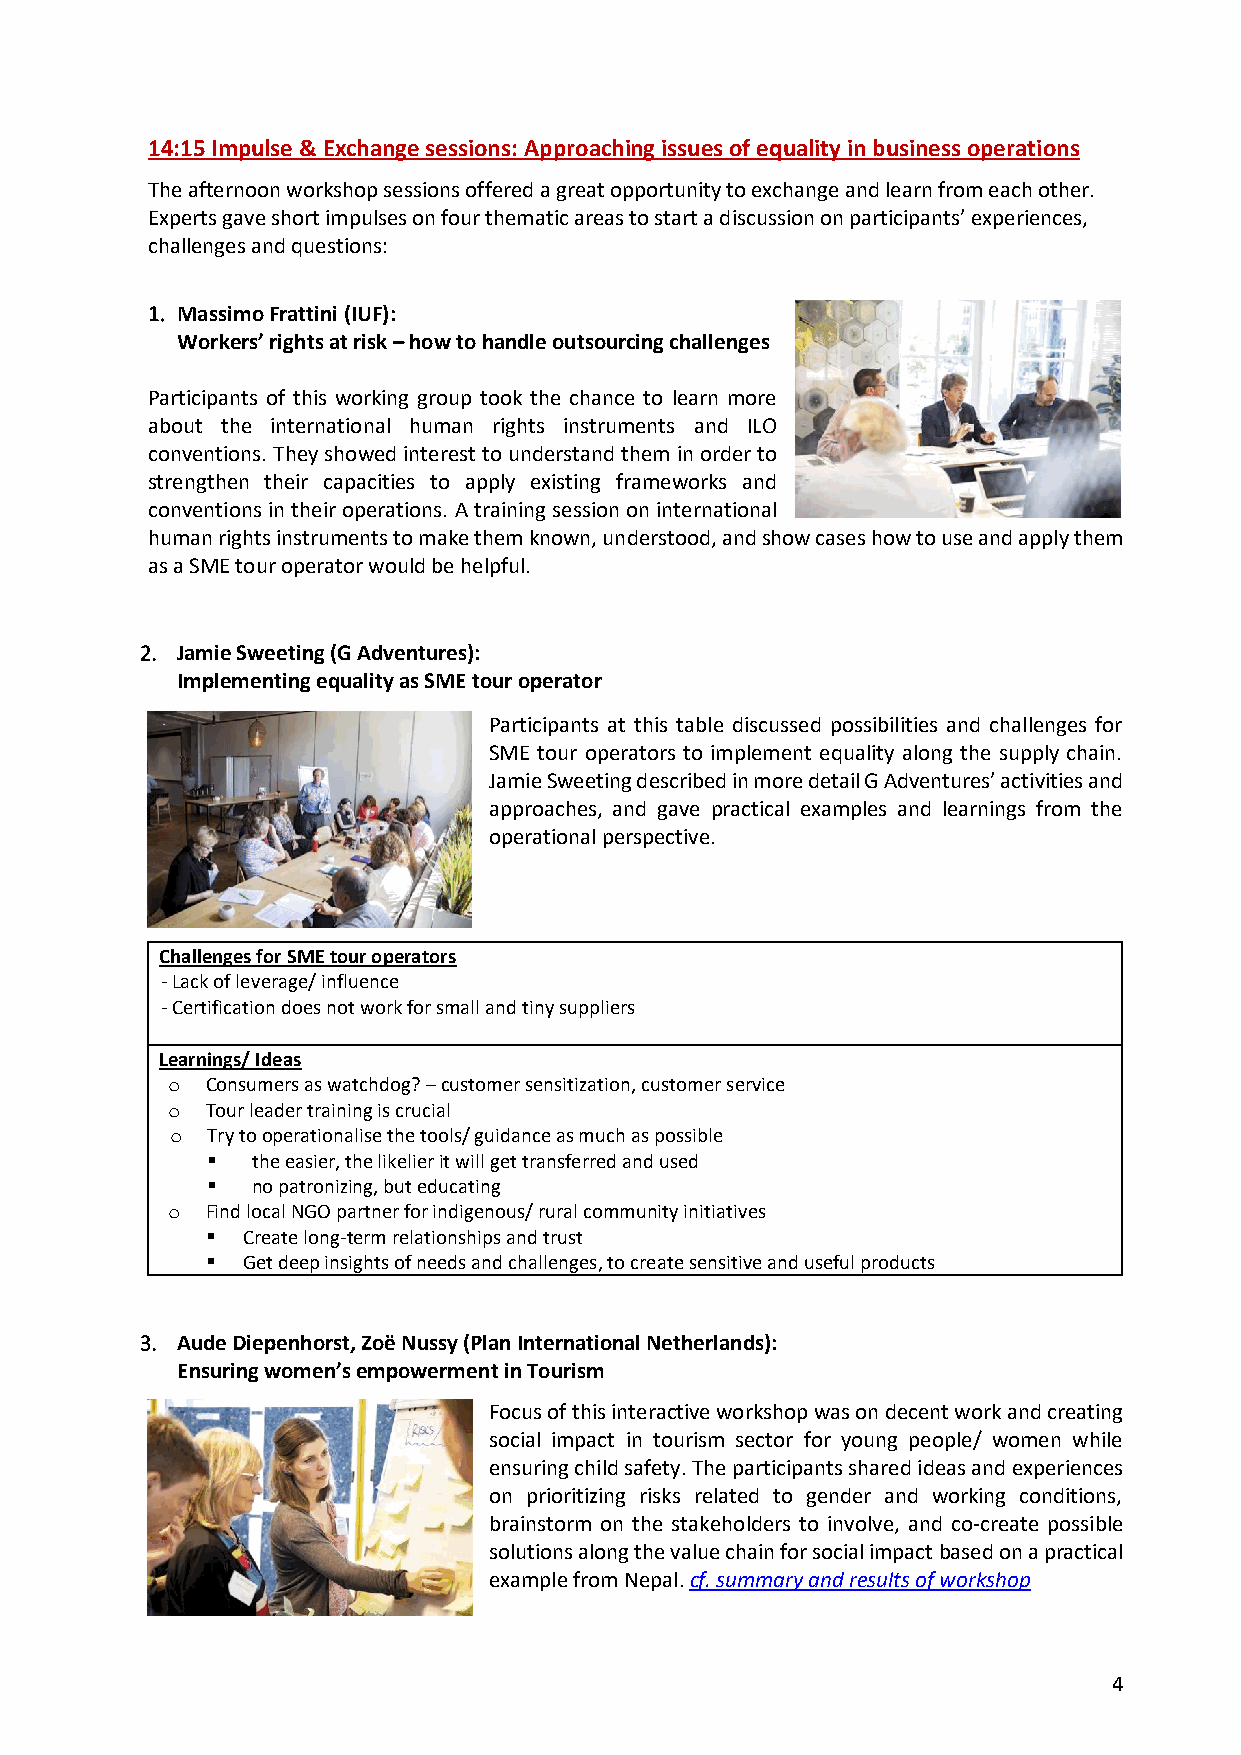
14:15 Impulse & Exchange sessions: Approaching issues of equality in business operations
 The afternoon workshop sessions offered a great opportunity to exchange and learn from each other.
 Experts gave short impulses on four thematic areas to start a discussion on participants’ experiences,
 challenges and questions:
 1. Massimo Frattini (IUF):
 Workers’ rights at risk – how to handle outsourcing challenges
 Participants of this working group took the chance to learn more
 about the international human rights instruments and ILO
 conventions. They showed interest to understand them in order to
 strengthen their capacities to apply existing frameworks and
 conventions in their operations. A training session on international
 human rights instruments to make them known, understood, and show cases how to use and apply them
 as a SME tour operator would be helpful.
 2. Jamie Sweeting (G Adventures):
 Implementing equality as SME tour operator
 Participants at this table discussed possibilities and challenges for
 SME tour operators to implement equality along the supply chain.
 Jamie Sweeting described in more detail G Adventures’ activities and
 approaches, and gave practical examples and learnings from the
 operational perspective.
 Challenges for SME tour operators
 - Lack of leverage/ influence
 - Certification does not work for small and tiny suppliers
 Learnings/ Ideas
 o  Consumers as watchdog? – customer sensitization, customer service
 o  Tour leader training is crucial
 o  Try to operationalise the tools/ guidance as much as possible
 ▪  the easier, the likelier it will get transferred and used
 ▪  no patronizing, but educating
 o  Find local NGO partner for indigenous/ rural community initiatives
 ▪ Create long-term relationships and trust
 ▪ Get deep insights of needs and challenges, to create sensitive and useful products
 3. Aude Diepenhorst, Zoë Nussy (Plan International Netherlands):
 Ensuring women’s empowerment in Tourism
 Focus of this interactive workshop was on decent work and creating
 social impact in tourism sector for young people/ women while
 ensuring child safety. The participants shared ideas and experiences
 on prioritizing risks related to gender and working conditions,
 brainstorm on the stakeholders to involve, and co-create possible
 solutions along the value chain for social impact based on a practical
 example from Nepal. cf. summary and results of workshop
 4